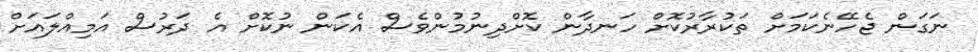
ނަގަން ޖެހޭނެކަމަށް ތަކުރާރުކޮށް ހަނދާން ކޮށްދިނުމުންވެސް އެކަން ނުކޮށް އެ ދަރުސް އަމިއްލައަށް